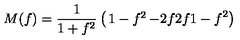
M ( f ) = \frac { 1 } { 1 + f ^ { 2 } } \left( \begin{matrix} { 1 - f ^ { 2 } } & { - 2 f } \\ { 2 f } & { 1 - f ^ { 2 } } \\ \end{matrix} \right)